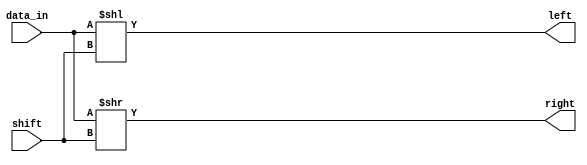
module shifter(data_in, shift, left, right);
    input [63:0] data_in;
    input [5:0] shift;

    output [63:0] left, right;

    assign left = data_in << shift;
    assign right = data_in >> shift;

endmodule